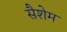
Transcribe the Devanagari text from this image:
सैशेम